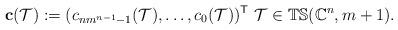
LaTeX: \begin{align*}\mathbf c(\mathcal T):=(c_{nm^{n-1}-1}(\mathcal T),\dots,c_0(\mathcal T))^\mathsf{T}\ \mathcal T\in \mathbb{TS}(\mathbb C^n,m+1).\end{align*}